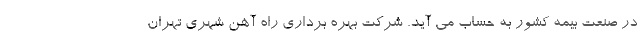
در صنعت بیمه کشور به حساب می آید. شرکت بهره برداری راه آهن شهری تهران